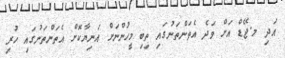
އަދި މ.ޖޭޑް އަށް ވަދެ އެތަންތަނުގައި ތިބި މީހުންނަށް އަނިޔާކޮށް އެތަންތަނުގައި ހުރި